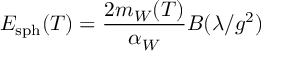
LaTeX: E _ { \mathrm { s p h } } ( T ) = \frac { 2 m _ { W } ( T ) } { \alpha _ { W } } B ( \lambda / g ^ { 2 } )